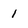
Character: 1